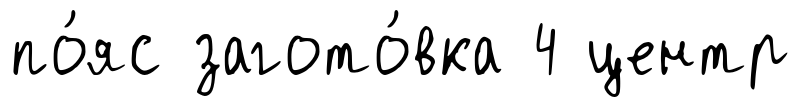
по́яс загото́вка 4 центр